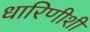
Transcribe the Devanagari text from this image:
धारिणीशी